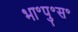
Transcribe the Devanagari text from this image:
भा॰पु॰स॰